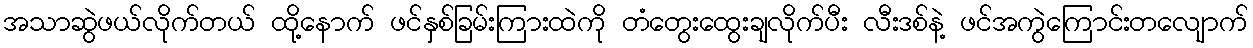
အသာဆွဲဖယ်လိုက်တယ် ထို့နောက် ဖင်နှစ်ခြမ်းကြားထဲကို တံတွေးထွေးချလိုက်ပီး လီးဒစ်နဲ့ ဖင်အကွဲကြောင်းတလျောက်